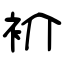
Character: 衸